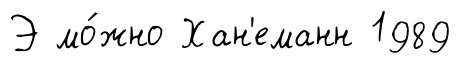
Э мо́жно Хан'еманн 1989